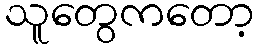
သူတွေကတော့